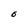
Character: O